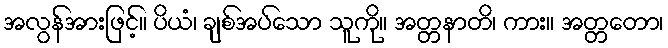
အလွန်အားဖြင့်။ ပိယံ၊ ချစ်အပ်သော သူကို။ အတ္တနာတိ၊ ကား။ အတ္တတော၊